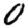
Digit: 0